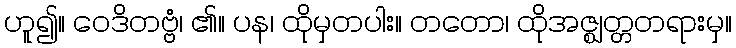
ဟူ၍။ ဝေဒိတဗ္ဗံ၊ ၏။ ပန၊ ထိုမှတပါး။ တတော၊ ထိုအဇ္ဈတ္တတရားမှ။